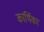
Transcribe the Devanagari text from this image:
कार्थिका